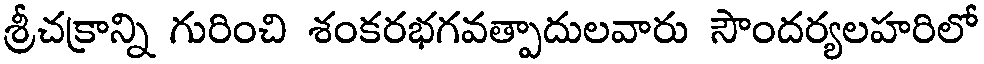
శ్రీచక్రాన్ని గురించి శంకరభగవత్పాదులవారు సౌందర్యలహరిలో